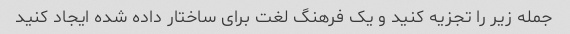
جمله زیر را تجزیه کنید و یک فرهنگ لغت برای ساختار داده شده ایجاد کنید